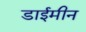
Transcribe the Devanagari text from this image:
डाईमीन